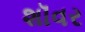
શૉવર